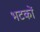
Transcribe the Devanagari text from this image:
भटकों